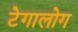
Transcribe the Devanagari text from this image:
टेगालोग